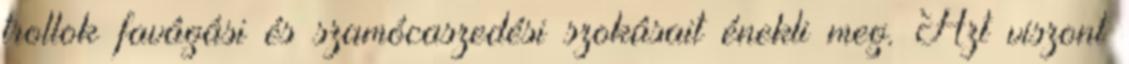
trollok favágási és szamócaszedési szokásait énekli meg. Azt viszont